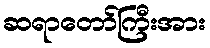
ဆရာတော်ကြီးအား